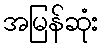
အမြန်ဆုံး